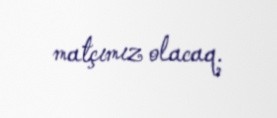
matçımız olacaq.